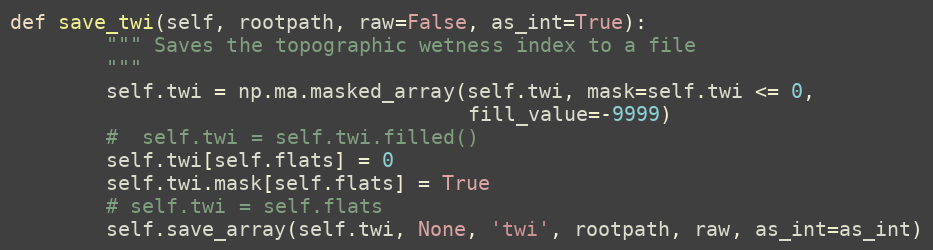
Language: Python
def save_twi(self, rootpath, raw=False, as_int=True):
        """ Saves the topographic wetness index to a file
        """
        self.twi = np.ma.masked_array(self.twi, mask=self.twi <= 0,
                                      fill_value=-9999)
        #  self.twi = self.twi.filled()
        self.twi[self.flats] = 0
        self.twi.mask[self.flats] = True
        # self.twi = self.flats
        self.save_array(self.twi, None, 'twi', rootpath, raw, as_int=as_int)